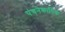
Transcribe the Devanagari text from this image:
पंचनेकायिक